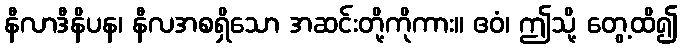
နီလာဒီနိပန၊ နီလအစရှိသော အဆင်းတို့ကိုကား။ ဧဝံ၊ ဤသို့ တွေ့ထိ၍